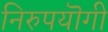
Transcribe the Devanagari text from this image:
निरुपयॊगी